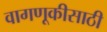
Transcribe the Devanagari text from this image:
वागणूकीसाठी